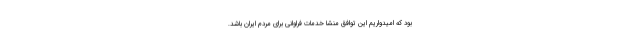
بود که امیدواریم این توافق منشا خدمات فراوانی برای مردم ایران باشد.